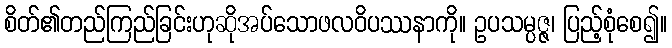
စိတ်၏တည်ကြည်ခြင်းဟုဆိုအပ်သောဖလဝိပဿနာကို။ ဥပသမ္ပဇ္ဇ၊ ပြည့်စုံစေ၍။